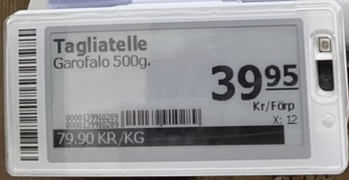
Vara: Tagliatelle
Genomsnittspris: 79.9 per kg